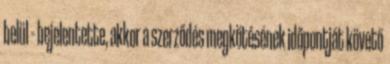
belül – bejelentette, akkor a szerződés megkötésének időpontját követő